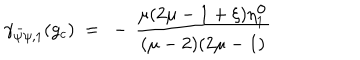
\gamma _ { \bar { \psi } \psi , 1 } ( g _ { c } ) ~ = ~ - \, \frac { \mu ( 2 \mu - 1 + \xi ) \eta _ { 1 } ^ { \mathrm { o } } } { ( \mu - 2 ) ( 2 \mu - 1 ) }